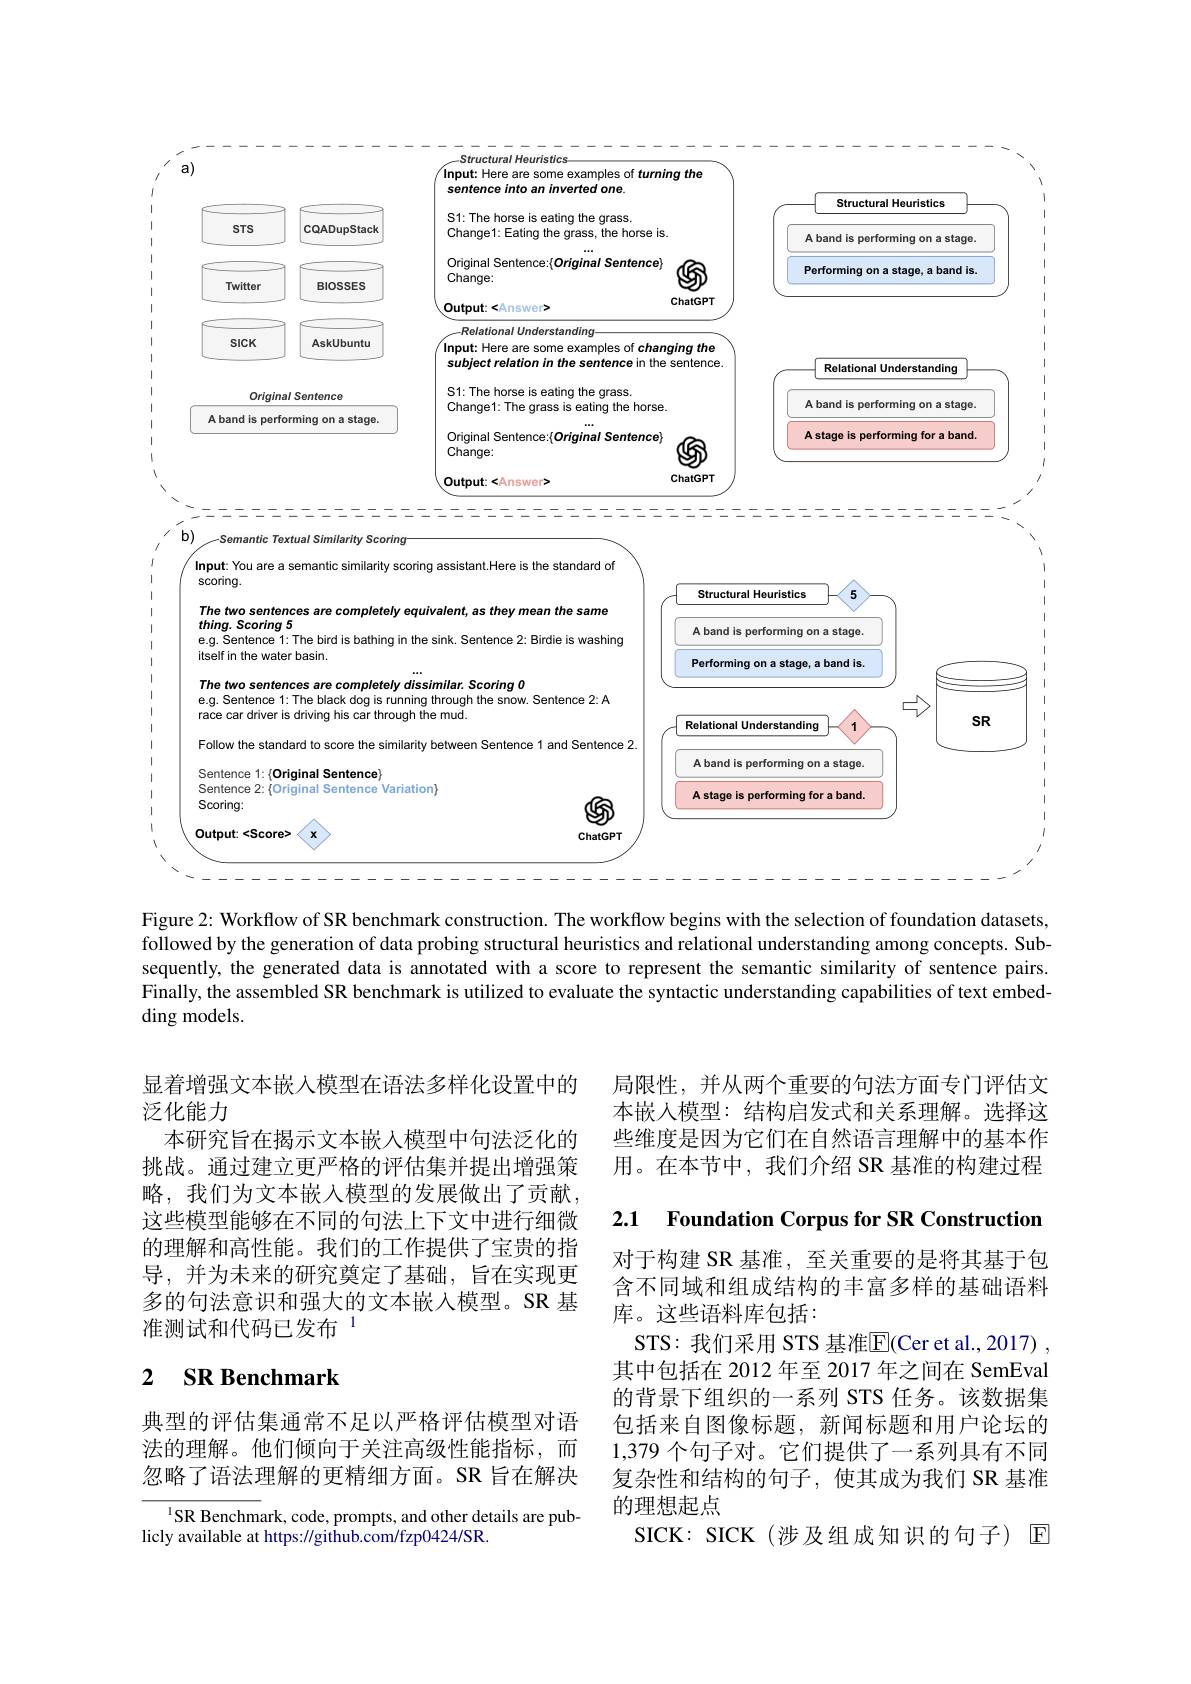
<FigureHere>

Figure 2: Workflow of SR benchmark construction. The workflow begins with the selection of foundation datasets,

followed by the generation of data probing structural heuristics and relational understanding among concepts. Subsequently, the generated data is annotated with a score to represent the semantic similarity of sentence pairs. Finally, the assembled SR benchmark is utilized to evaluate the syntactic understanding capabilities of text embedding models.

显着增强文本嵌入模型在语法多样化设置中的
泛化能力
本研究旨在揭示文本嵌入模型中句法泛化的挑战。通过建立更严格的评估集并提出增强策略，我们为文本嵌入模型的发展做出了贡献这些模型能够在不同的句法上下文中进行细微的理解和高性能。我们的工作提供了宝贵的指导，并为未来的研究奠定了基础，旨在实现更多的句法意识和强大的文本嵌入模型。SR 基准测试和代码已发布$^{1}$

# 2 SR Benchmark

典型的评估集通常不足以严格评估模型对语法的理解。他们倾向于关注高级性能指标，而忽略了语法理解的更精细方面。SR 旨在解决

$^{1}$SR Benchmark, code, prompts, and other details are pub-
licly available at https://github.com/fzp0424/SR.

局限性，并从两个重要的句法方面专门评估文本嵌入模型：结构启发式和关系理解。选择这些维度是因为它们在自然语言理解中的基本作用。在本节中，我们介绍 SR 基准的构建过程

2.1 Foundation Corpus for SR Construction

对于构建 SR 基准，至关重要的是将其基于包含不同域和组成结构的丰富多样的基础语料库。这些语料库包括：
STS: 我们采用 STS 基准$\overline{\mathrm{E}}($Cer et al., 2017) , 其中包括在 2012 年至 2017 年之间在 SemEval 的背景下组织的一系列 STS 任务。该数据集包括来自图像标题，新闻标题和用户论坛的1,379个句子对。它们提供了一系列具有不同复杂性和结构的句子，使其成为我们 SR 基准的理想起点
SICK: SICK(涉及组成知识的句子) $\mathbb{E}$